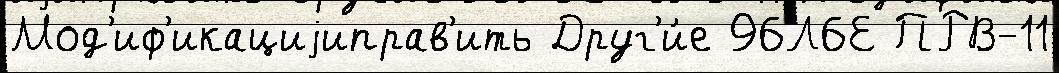
Мод'иф'икациjиправ'ить Друг'и́е 96Л6Е ПРВ-11